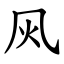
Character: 㶡